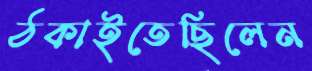
ঠকাইতেছিলেন